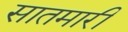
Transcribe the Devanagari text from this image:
सातमारी